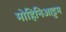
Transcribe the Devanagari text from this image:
मोहिनिआट्टम